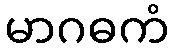
မာဂဓကံ